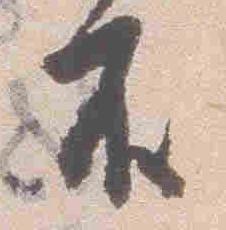
殿